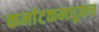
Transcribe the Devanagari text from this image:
कर्नाटकमधूनच